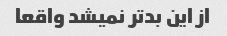
از این بدتر نمیشد واقعا